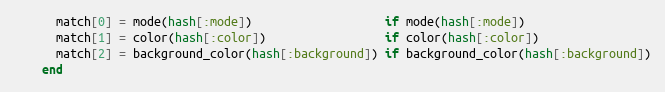
Language: Ruby
      match[0] = mode(hash[:mode])                   if mode(hash[:mode])
      match[1] = color(hash[:color])                 if color(hash[:color])
      match[2] = background_color(hash[:background]) if background_color(hash[:background])
    end